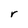
Character: r